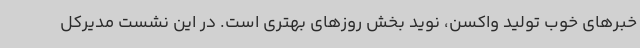
خبرهای خوب تولید واکسن، نوید بخش روزهای بهتری است. در این نشست مدیرکل